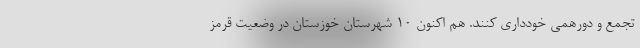
تجمع و دورهمی خودداری کنند. هم اکنون ۱۰ شهرستان خوزستان در وضعیت قرمز